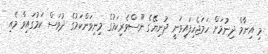
މި އިނާމް ދިނުމަށް ހަމަޖެހިފައިވަނީ ދުނިޔޭގެ ނޫސްވެރިކަމުގެ މިނިވަންކަމުގެ ދުވަސް ކަމުގައިވާ މެއި